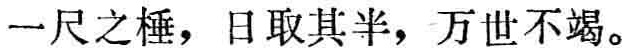
一尺之棰，日取其半，万世不竭。